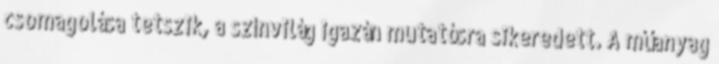
csomagolása tetszik, a színvilág igazán mutatósra sikeredett. A műanyag